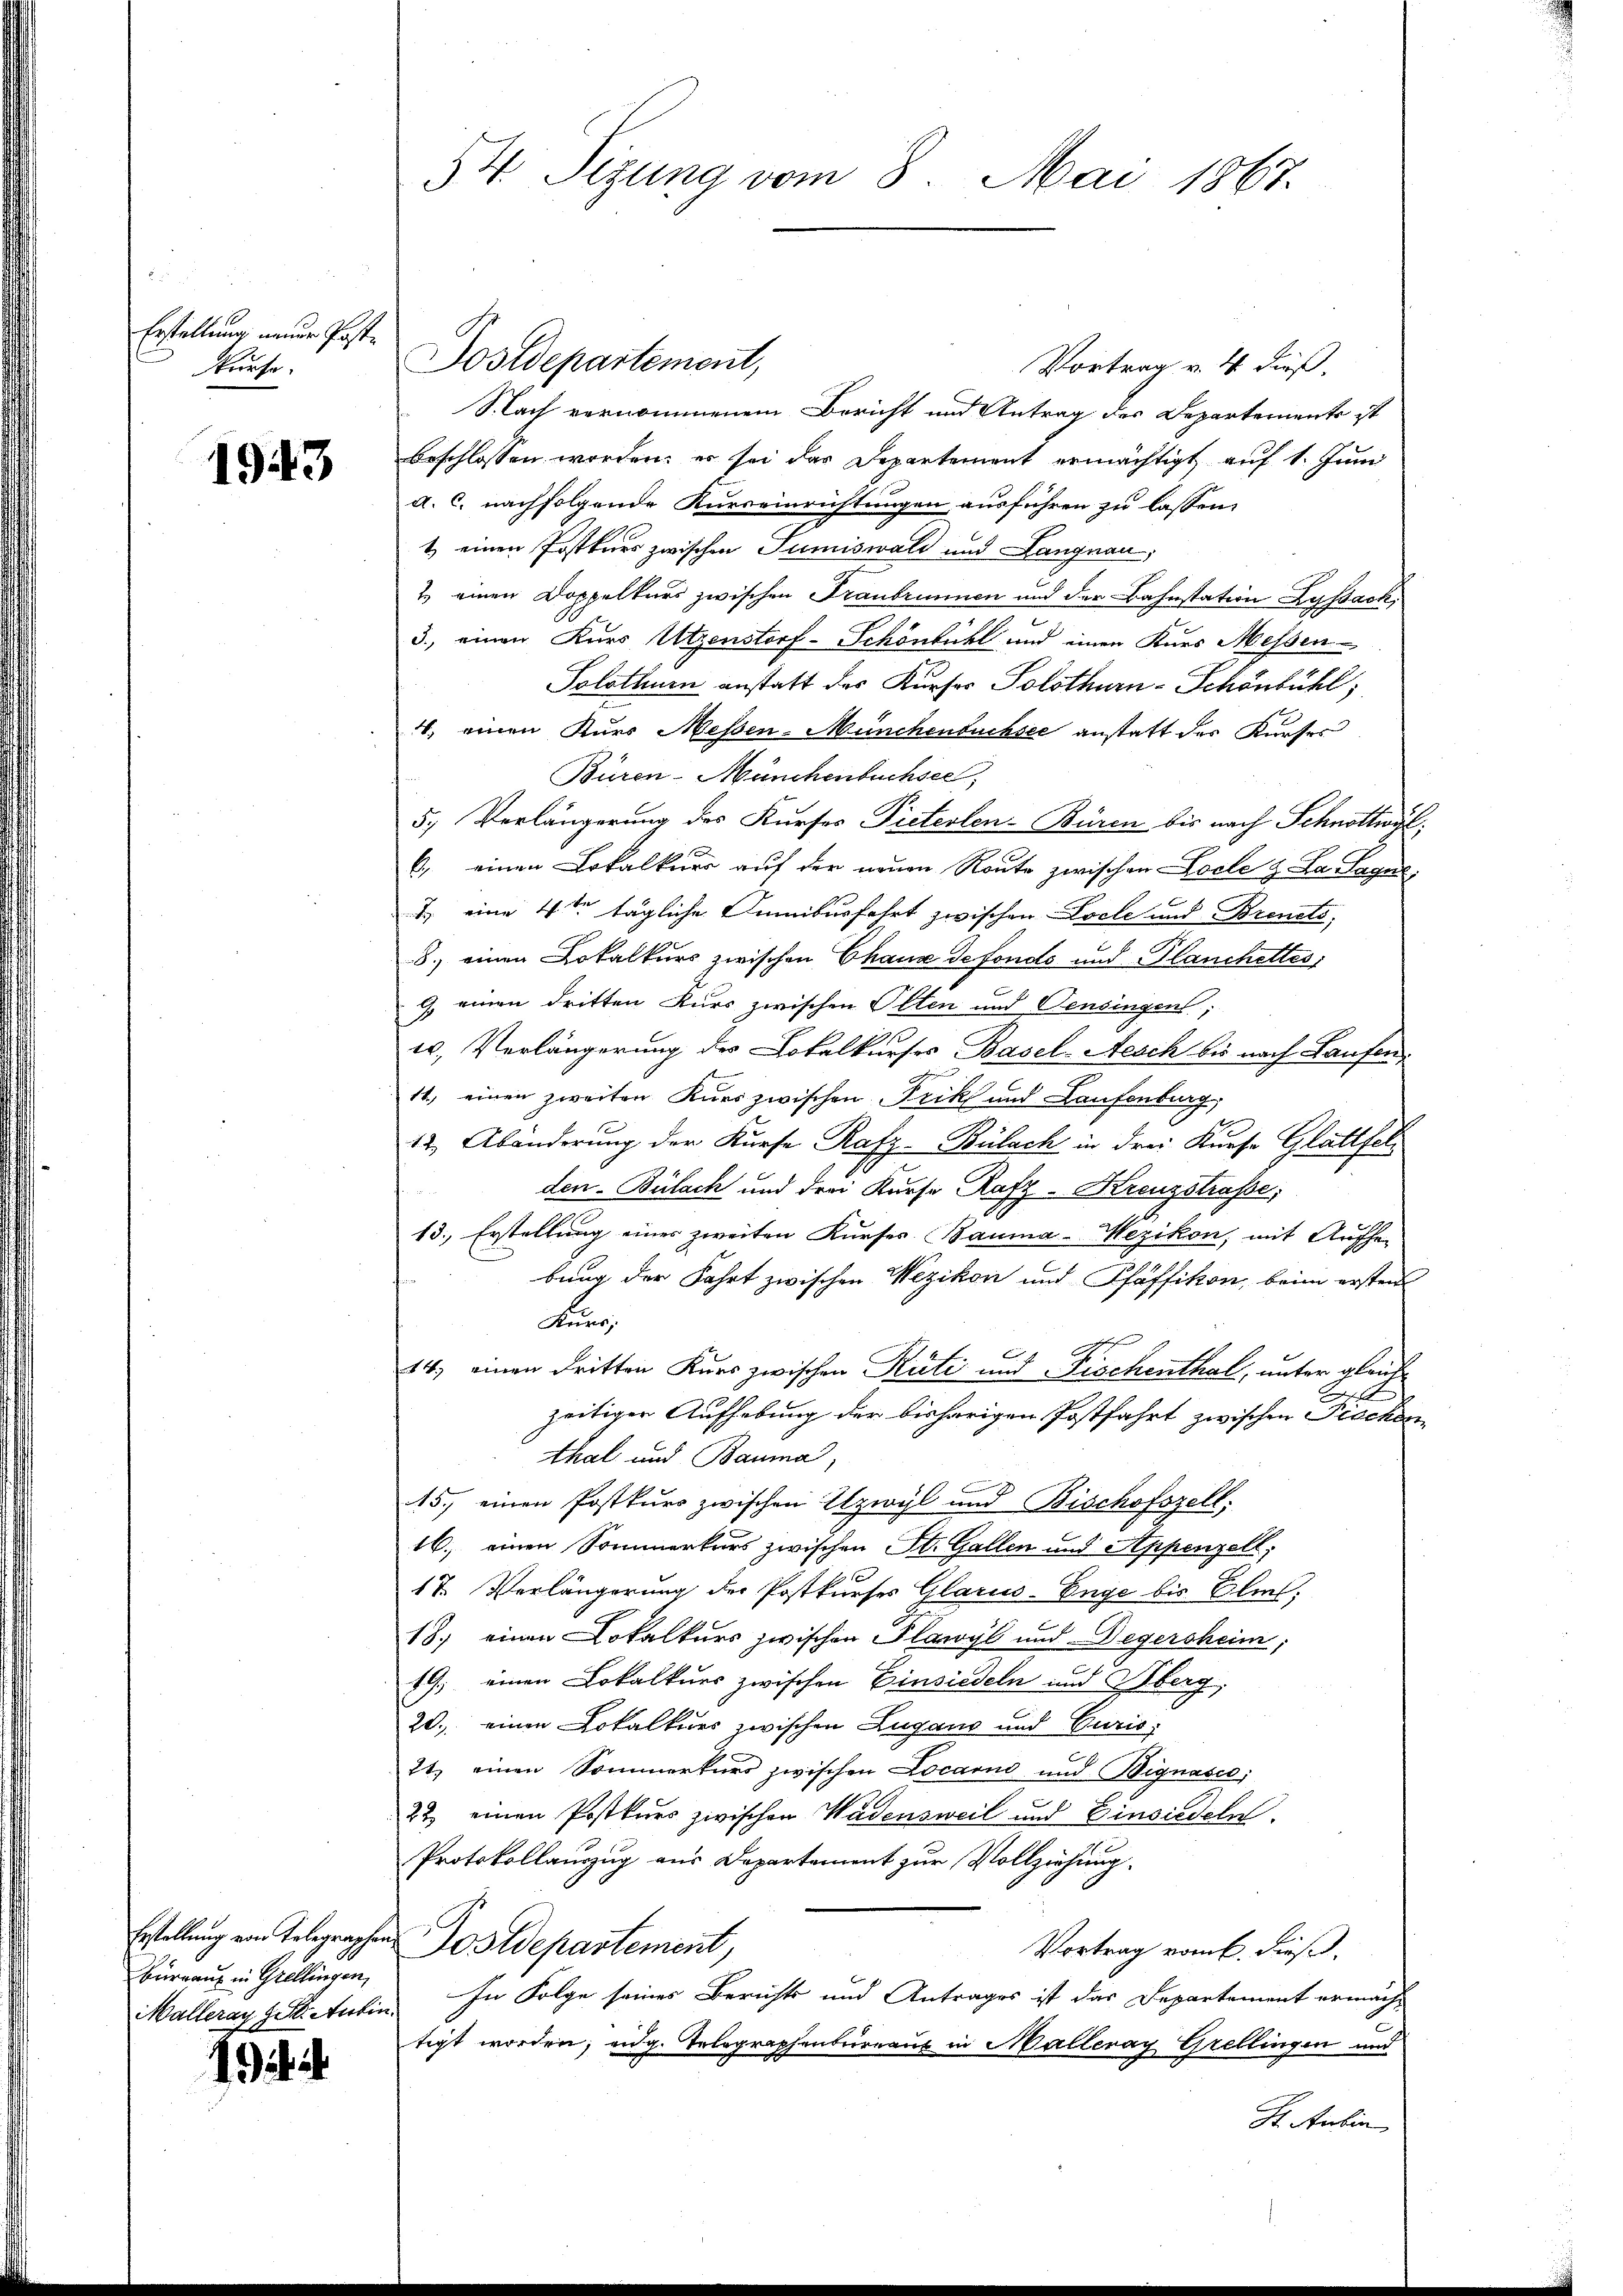
Erstellung neuer Post¬
Kuese.

1943

Bürraus in Grellingen,
Malleray zit. Antin.

it i

Vortrag v. 4. dieß.
Slach vernommenem Bericht und Antrag des Departements ist
beschlossen worden, er sei das Departement ermächtigt auf 1. Juni
a. C. nachfolgende Kurseinrichtungen ausführen zu lassen.
1) einen Postkurs zwischen Sumiswald und Langnau,
1 einen Doppelters zwischen Tranbrunnen und der Bahnstation Lyssach
3., einen Kurs Utzenstorf-Schönbühl und einen Kurs Messen¬
Solothurn anstatt der Kurses Solothurn-Schönbühl,
4. einen Kurs Messen-Münchenbuchsee anstatt des Kurses
Büren-Münchenbuchsee,
5. Verlängerung des Kurses Pieterlen-Büren bis nach Schnothing,
6.) einen Lokalkurs auf der neuen Route zwischen Loele z. La Sagen:
2. eine 4te tägliche Funibusfahrt zwischen Loele und Brents;
8.) einen Lokalkurs zwischen Chaux de fonds und Planchettes
9. einen dritten Kurs zwischen Olten und Pensingen;
t. Verlängerung des Lokalkurses Basel-Aesch bis nach Laufen
h
11., einen zweiten Kurs zwischen Frik und Laufenburg,
12. Abänderung der Kurse Rafz-Bülach in drei Kurse Glattfelden-Bülach und drei Kurse, Rafz-Kreuzstrasse,
13., Erstellung eines zweiten Kurses Bauma-Wezikon, mit Aufhe
.
bung der Fahrt zwischen Wezikon und Pfäffikon, beim ersten
Kuns
14. einen dritten Kurs zwischen Rüti und Fischenthal, unter gleich
zeitiger Aufhebung der bisherigen Postfahrt zwischen Peschon
thal und Bauma,
15., einen Postkurs zwischen Ilzwyl und Bischofszell:
16.) einen Sommerkurs zwischen St. Gallen und Appenzell,
17. Verlängerung der Postkurses Glarus-Enge bis Elis.
18. einen Lokalkurs zwischen Plawyl und Degersheim;
19 einen Lokalkurs zwischen Einsiedeln und Oberg,
20. einen Lokalkurs zwischen Lugano und Curis,
21. einen Sommerkurs zwischen Locarno und Bignasco,
22 einen Postkurs zwischen Wädensweil und Einsiedeln.
Protokollauszug aus Departement zur Vollziehung.
Erstellung von Telegraphen Postdepartement,
Vortrag vom 6. dieß.
In Folge seines Berichts und Antrages ist das Departement ermächt
tigt worden, an g. Telegraphenbureau in Malleray Grellingen und
H. Anbin

54. Sizung vom 8. Mai 1867.

Dostdepartement,